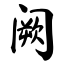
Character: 阙